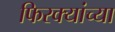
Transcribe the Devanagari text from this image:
फिरक्यांच्या